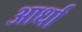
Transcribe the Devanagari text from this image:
आर्धा